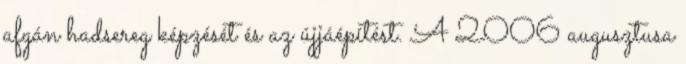
afgán hadsereg képzését és az újjáépítést. A 2006 augusztusa